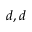
d , d